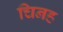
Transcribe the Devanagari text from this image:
चिनह